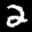
Label: 2